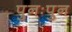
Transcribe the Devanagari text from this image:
पुनःपुन